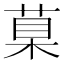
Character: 𦳮